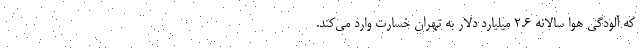
که آلودگی هوا سالانه ۲.۶ میلیارد دلار به تهران خسارت وارد می‌کند.